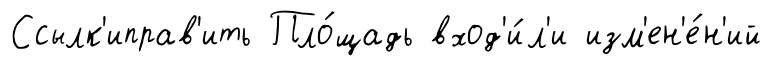
Ссылк'иправ'ить Пло́щадь вход'и́л'и изм'ен'е́н'ий